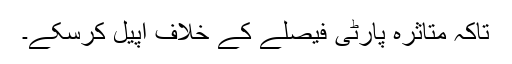
تاکہ متاثرہ پارٹی فیصلے کے خلاف اپیل کرسکے۔